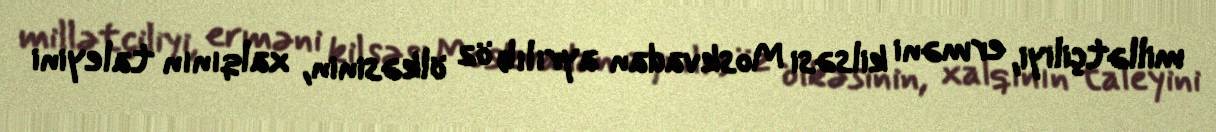
millətçiliyi, erməni kilsəsi Moskvadan ayrılıb öz ölkəsinin, xalqının taleyini